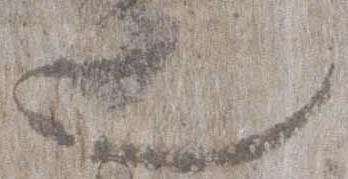
也